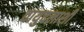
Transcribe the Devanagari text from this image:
वायुदलाशी